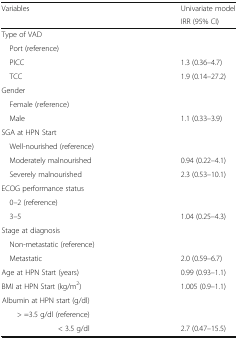
<table><thead><tr><td rowspan="2"><b>Variables</b></td><td><b>Univariate model</b></td></tr><tr><td><b>IRR (95% CI)</b></td></tr></thead><tbody><tr><td colspan="2">Type of VAD</td></tr><tr><td> Port (reference)</td><td></td></tr><tr><td> PICC</td><td>1.3 (0.36–4.7)</td></tr><tr><td> TCC</td><td>1.9 (0.14–27.2)</td></tr><tr><td colspan="2">Gender</td></tr><tr><td> Female (reference)</td><td></td></tr><tr><td> Male</td><td>1.1 (0.33–3.9)</td></tr><tr><td colspan="2">SGA at HPN Start</td></tr><tr><td> Well-nourished (reference)</td><td></td></tr><tr><td> Moderately malnourished</td><td>0.94 (0.22–4.1)</td></tr><tr><td> Severely malnourished</td><td>2.3 (0.53–10.1)</td></tr><tr><td colspan="2">ECOG performance status</td></tr><tr><td> 0–2 (reference)</td><td></td></tr><tr><td> 3–5</td><td>1.04 (0.25–4.3)</td></tr><tr><td colspan="2">Stage at diagnosis</td></tr><tr><td> Non-metastatic (reference)</td><td></td></tr><tr><td> Metastatic</td><td>2.0 (0.59–6.7)</td></tr><tr><td>Age at HPN Start (years)</td><td>0.99 (0.93–1.1)</td></tr><tr><td>BMI at HPN Start (kg/m<sup>2</sup>)</td><td>1.005 (0.9–1.1)</td></tr><tr><td colspan="2">Albumin at HPN start (g/dl)</td></tr><tr><td>&gt; =3.5 g/dl (reference)</td><td></td></tr><tr><td>&lt; 3.5 g/dl</td><td>2.7 (0.47–15.5)</td></tr></tbody></table>